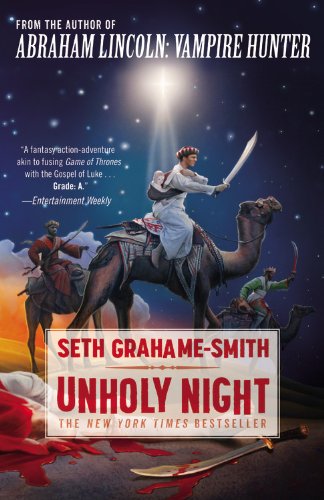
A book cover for Unholy Night; Seth Grahame-Smith; Science Fiction & Fantasy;